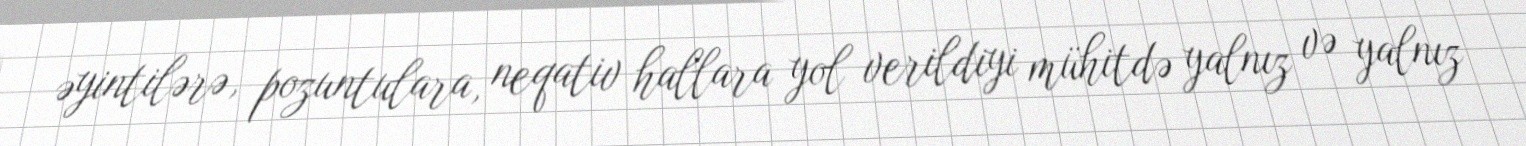
əyintilərə, pozuntulara, neqativ hallara yol verildiyi mühitdə yalnız və yalnız